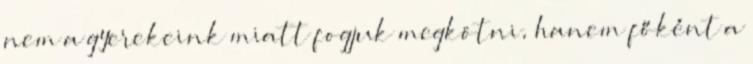
nem a gyerekeink miatt fogjuk megkötni, hanem főként a